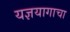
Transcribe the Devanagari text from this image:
यज्ञयागाचा